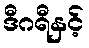
ဒီဂရီနှင့်